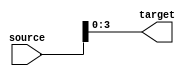
module part_select_assignment #(
    parameter SOURCE_WIDTH = 16,  // Width of the source signal
    parameter TARGET_WIDTH = 4,    // Width of the target signal
    parameter START_INDEX = 0,     // Start index for part select
    parameter END_INDEX = 3         // End index for part select
)(
    input  wire [SOURCE_WIDTH-1:0] source,  // Source signal
    output wire [TARGET_WIDTH-1:0] target    // Target signal
);

// Continuous assignment of selected bits from source to target
assign target = source[END_INDEX:START_INDEX];

endmodule